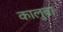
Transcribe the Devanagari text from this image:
कालुबा